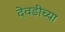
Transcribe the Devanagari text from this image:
देवडीच्या